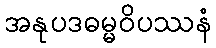
အနုပဒဓမ္မဝိပဿနံ